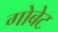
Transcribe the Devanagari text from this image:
गोबेट